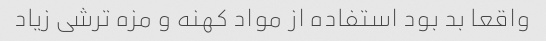
واقعا بد بود استفاده از مواد کهنه و مزه ترشی زیاد